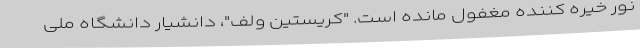
نور خیره کننده مغفول مانده است. "کریستین ولف"، دانشیار دانشگاه ملی